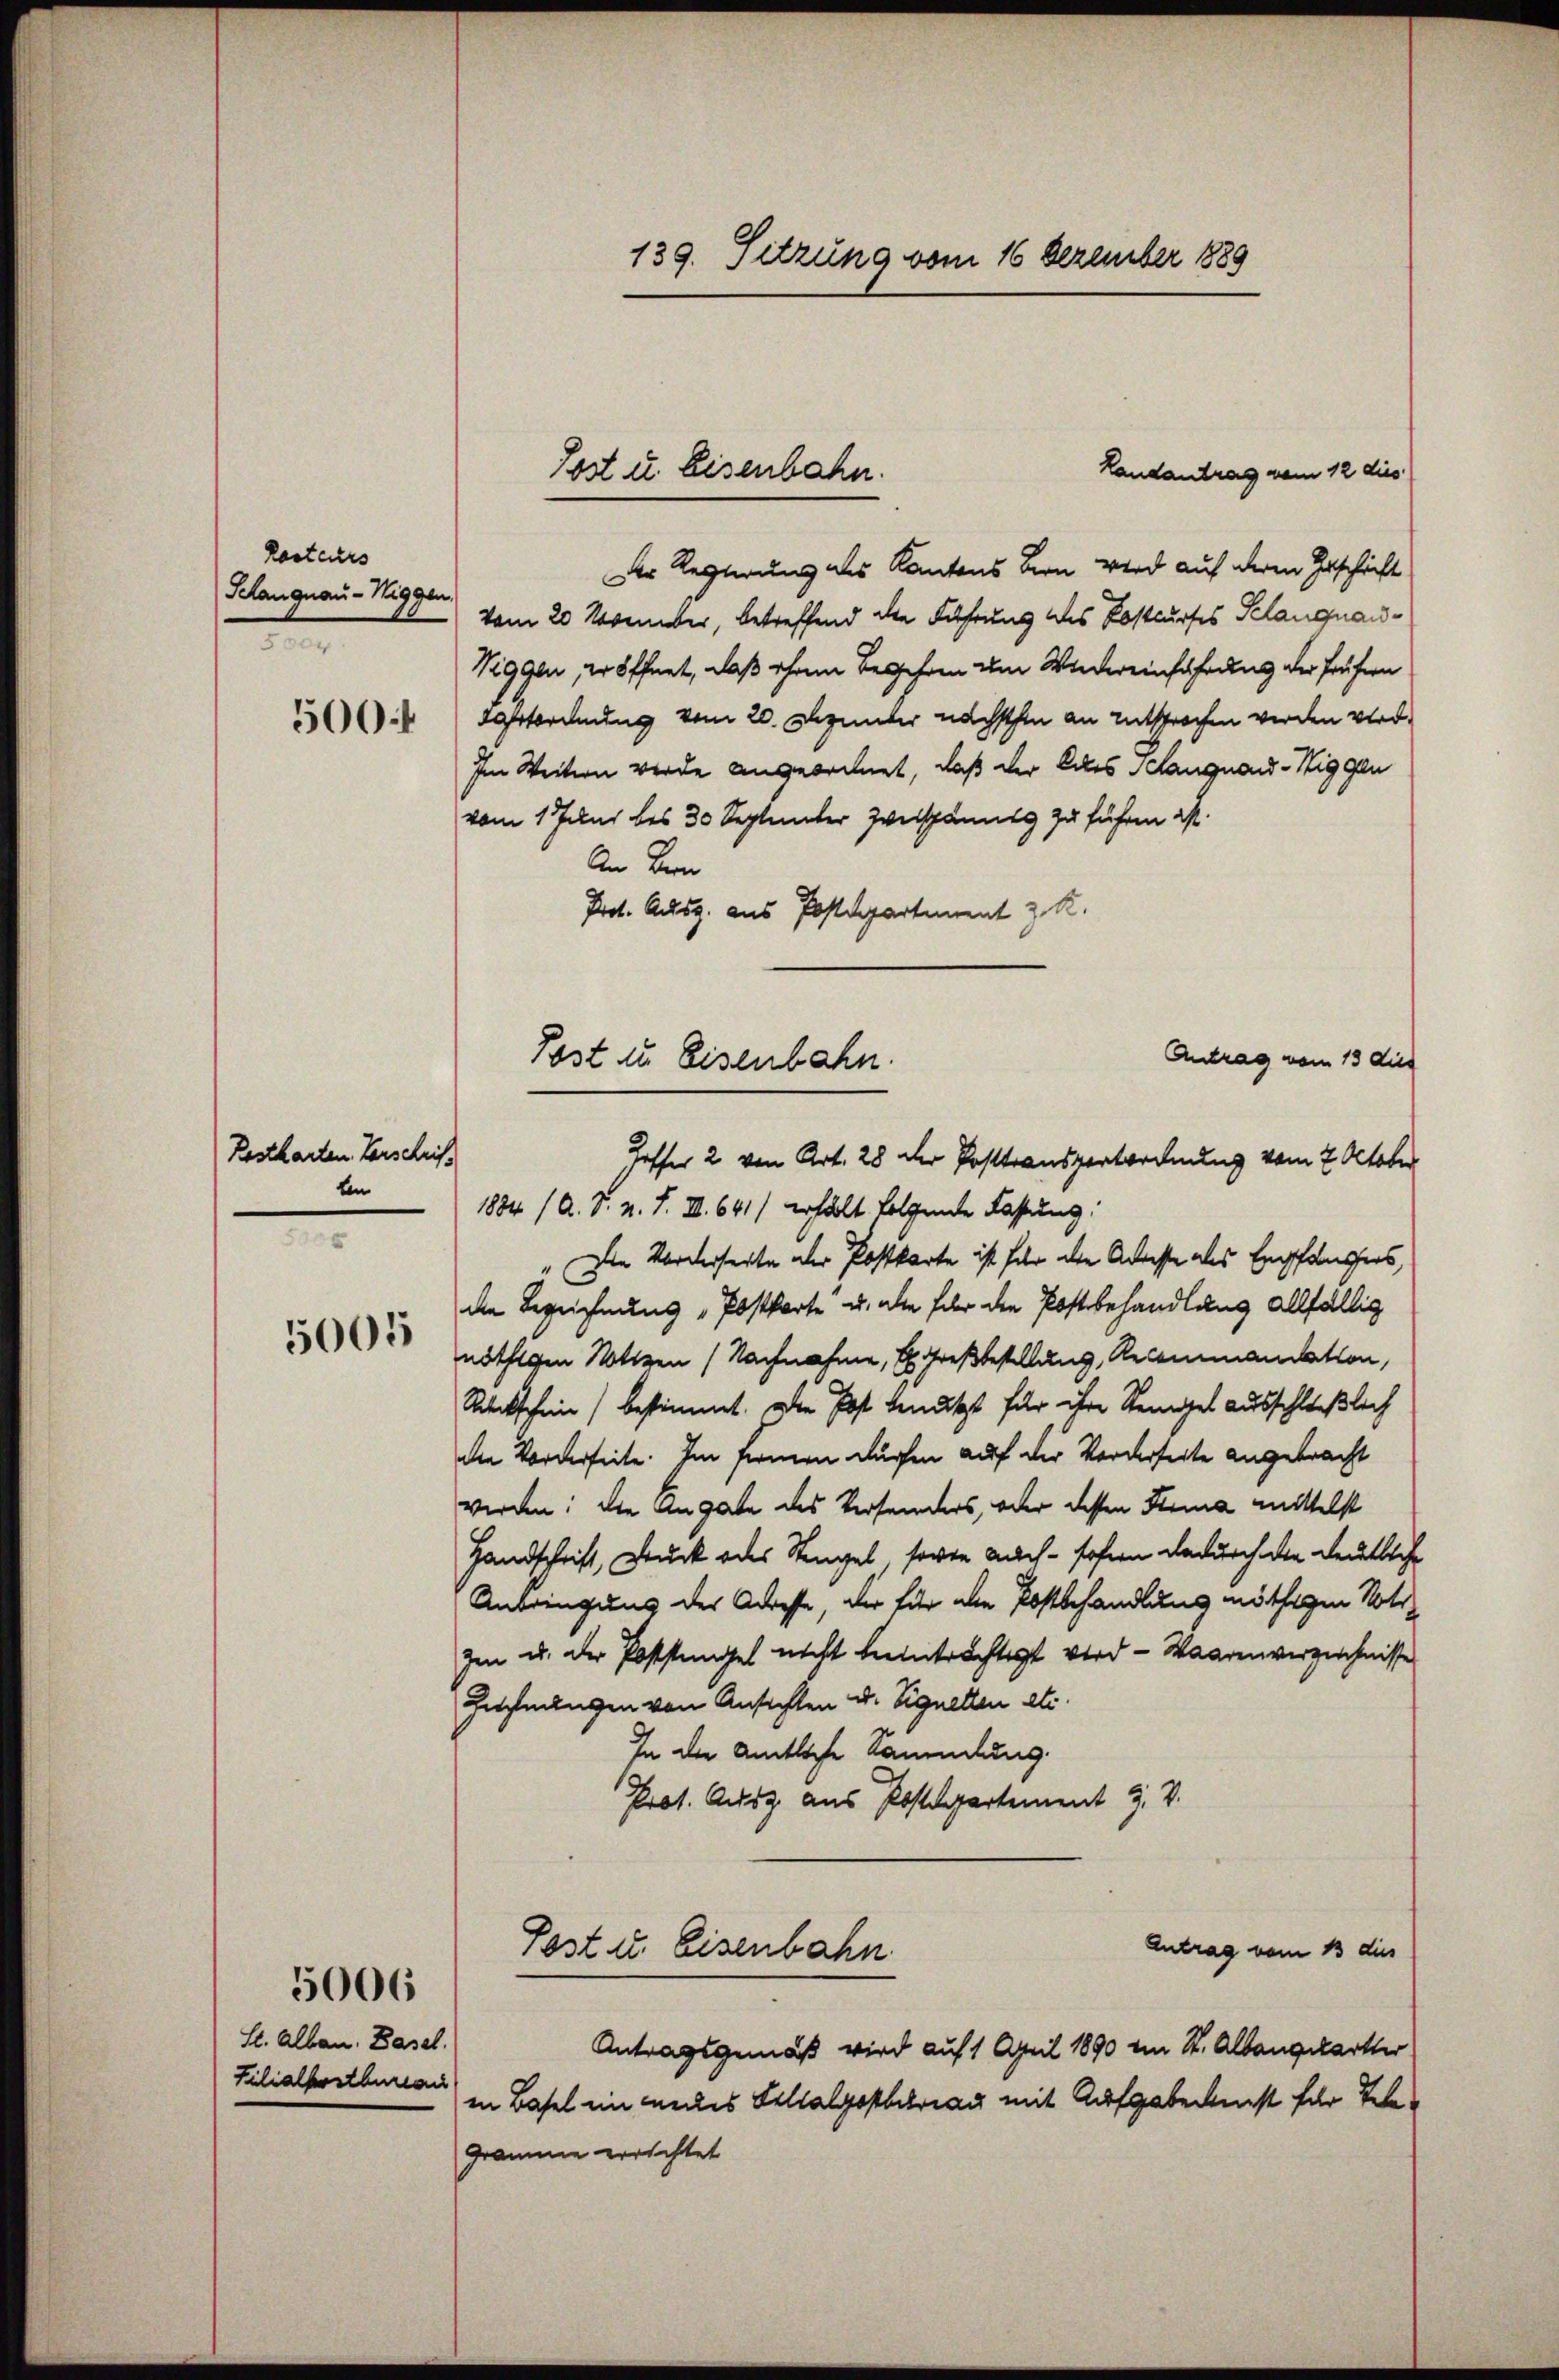
139. Sitzung vom 16 Dezember 1889

Der Regierung des Kantons Bern wird auf deren Geschrift
vom 20 Nomber, betreffend die Führung des Kostkurses Gelanguau¬
Wiggen, er öffnet, daß ohnen Begehren um Wiedereinfahrung der frühern
rtordnung vom 20. Dzunter nächsthin an entsprochen werden wird.
Im Weitern werde angeordnet, daß der des Schangnau-Niggen
vom 1. Juni bis 30 Septunter Zweispännig zu führen ist.
An Bern
Prot. Ausg. aus Postdepartement z. R.
Antrag vom 13 dies
". Die Vorderseite der Postkarte ist für die Adresse als Empfängers,
die Bezeichnung „Postkarte u. alle für die Postbehandlung allfällig
öthigen Notizen (Nachnahme, Exreßbestellung, Recommandation,
Reckschein) bestimmt. Die Post benutzt für ihre Steigel ausschließlich
die Vorderseite. Im fermen dürfen auf der Vorderseite angebracht
werden; die Angabe des Versanders, oder dessen Firma mittelst
Handschrift, Druck oder Stengel, sowie auch - sofern dadurch die deutliche
Anbringung der Adresse, der für die Postbehandlung nöthigen Noti
zen u. der Poststingel nicht beeinträchtigt wird - Waarenverzeichnisse
Zehmungen von Ansichten u. Signetten etc.
In der Amtliche Sammlung.
Prot. Ausz aus Postdepartement J. V.
Antrag vom 13 dies
Post u. Eisenbahn
Antragsgemäß wird auf 1 April 1890 in St. Albangekarter
in Basel ein weiles Sellalpostbetrag mit Aufgabe erst für Tele¬
Gramme errichtet

Landantrag vom 12 dies
Post u. Eisenbahn

Karteiers
Schangnau - Wiggen.
n

500.

Post zu Eisenbahn.
Hoffer 2 von Art. 28 der Posttransportordnung vom 7. October
1884 / A. S. n. F. III 641) erhält folgende Fassung:

Kestkarten Vorschrifben

5005

S. Albau. Basel.
Filialfortburea

5006